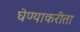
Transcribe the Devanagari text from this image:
घेण्याकरीता